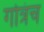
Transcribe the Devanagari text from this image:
गोत्रंच